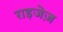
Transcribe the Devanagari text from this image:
राइजेज़